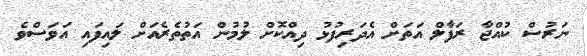
ނަރުސް ކުއްޖާ ރަފާލް އަތަށް އެދަރިފުޅު ދިއްކޮށް ލުމުން އަތުތެރެއަށް ލައިފައި އަވަސްވެ